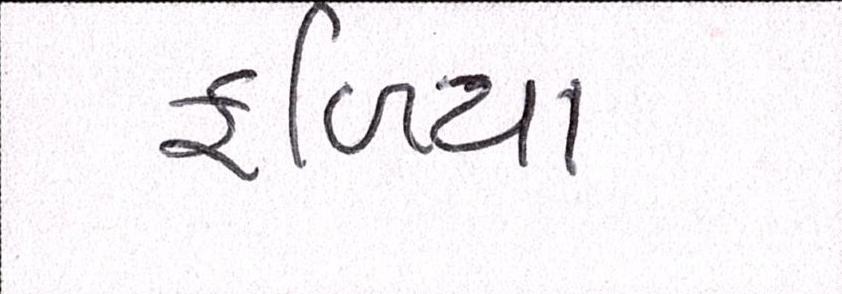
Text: ફળિયા